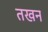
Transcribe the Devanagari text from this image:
तखन